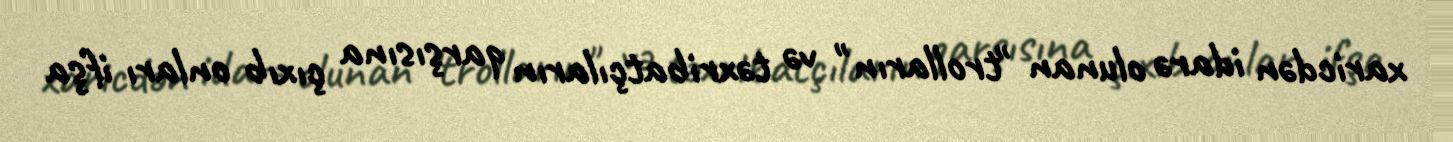
xaricdən idarə olunan "trolların" və təxribatçıların qarşısına çıxıb onları ifşa